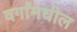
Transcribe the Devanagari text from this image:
वर्गांमधील